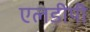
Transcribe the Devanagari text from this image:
एलडीपी